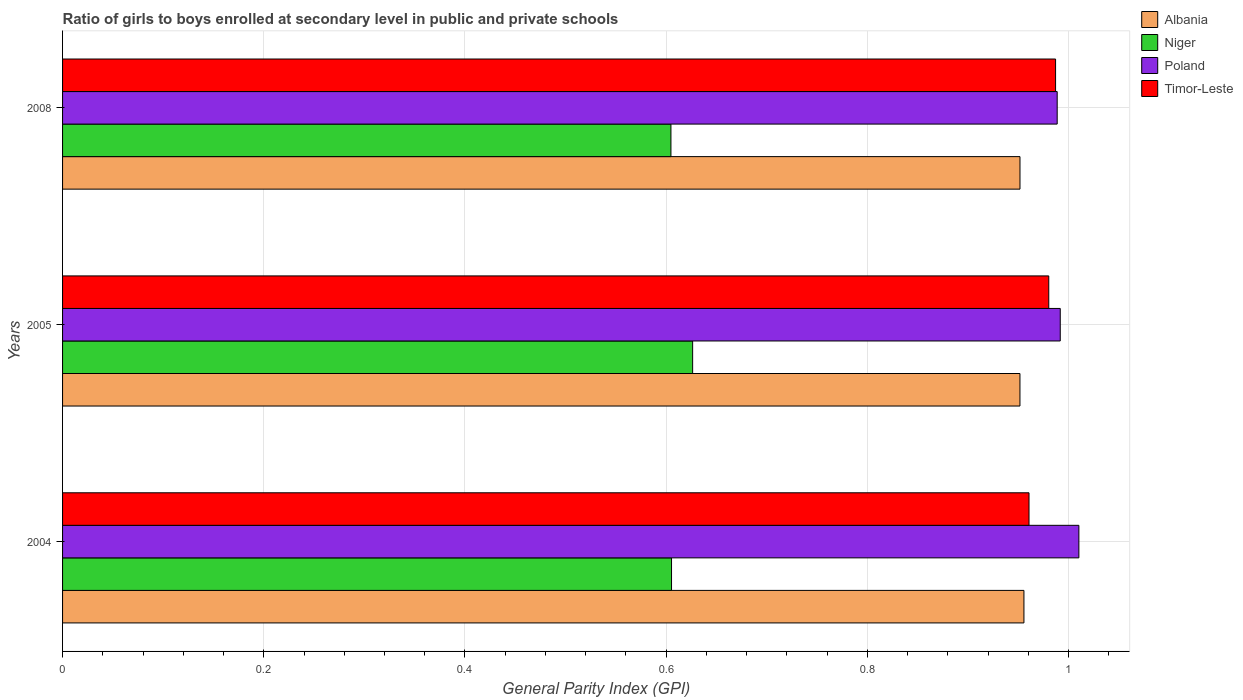
| Years | Albania | Niger | Poland | Timor-Leste |
 | --- | --- | --- | --- | --- |
 | 2004 | 0.956 | 0.605 | 1.01 | 0.961 |
 | 2005 | 0.952 | 0.626 | 0.992 | 0.98 |
 | 2008 | 0.952 | 0.605 | 0.989 | 0.987 |